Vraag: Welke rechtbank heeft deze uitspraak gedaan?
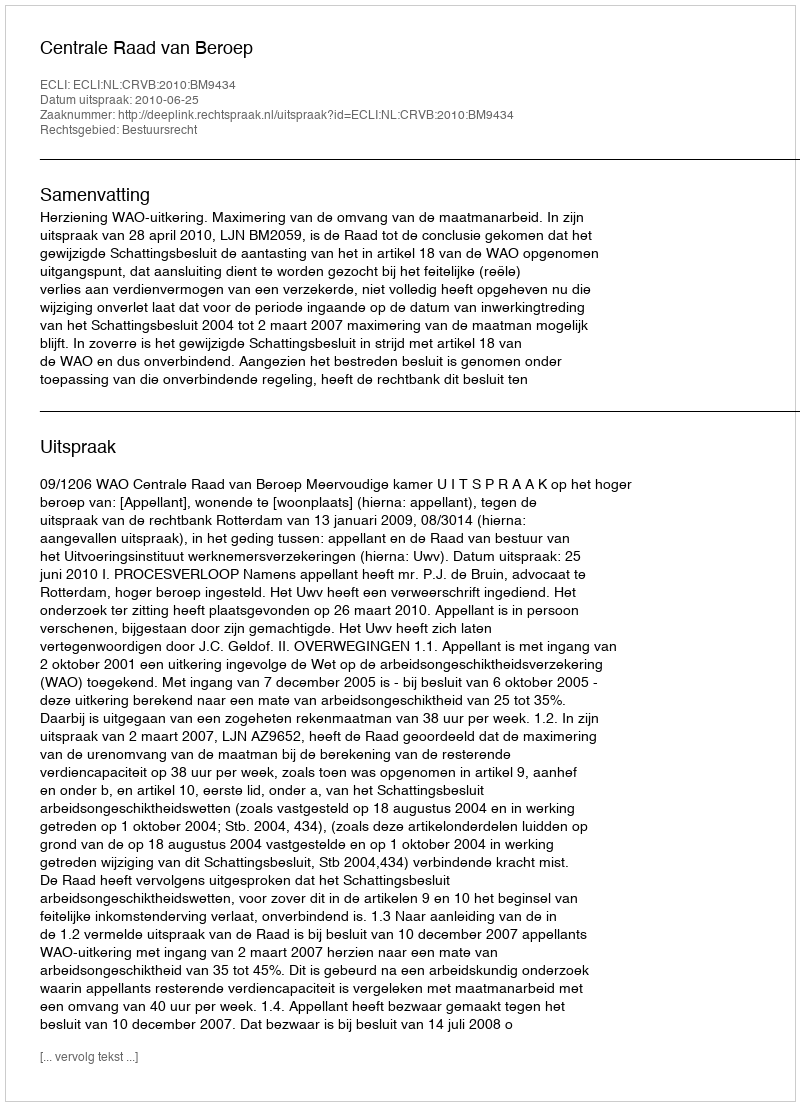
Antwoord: Centrale Raad van Beroep